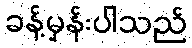
ခန့်မှန်းပါသည်